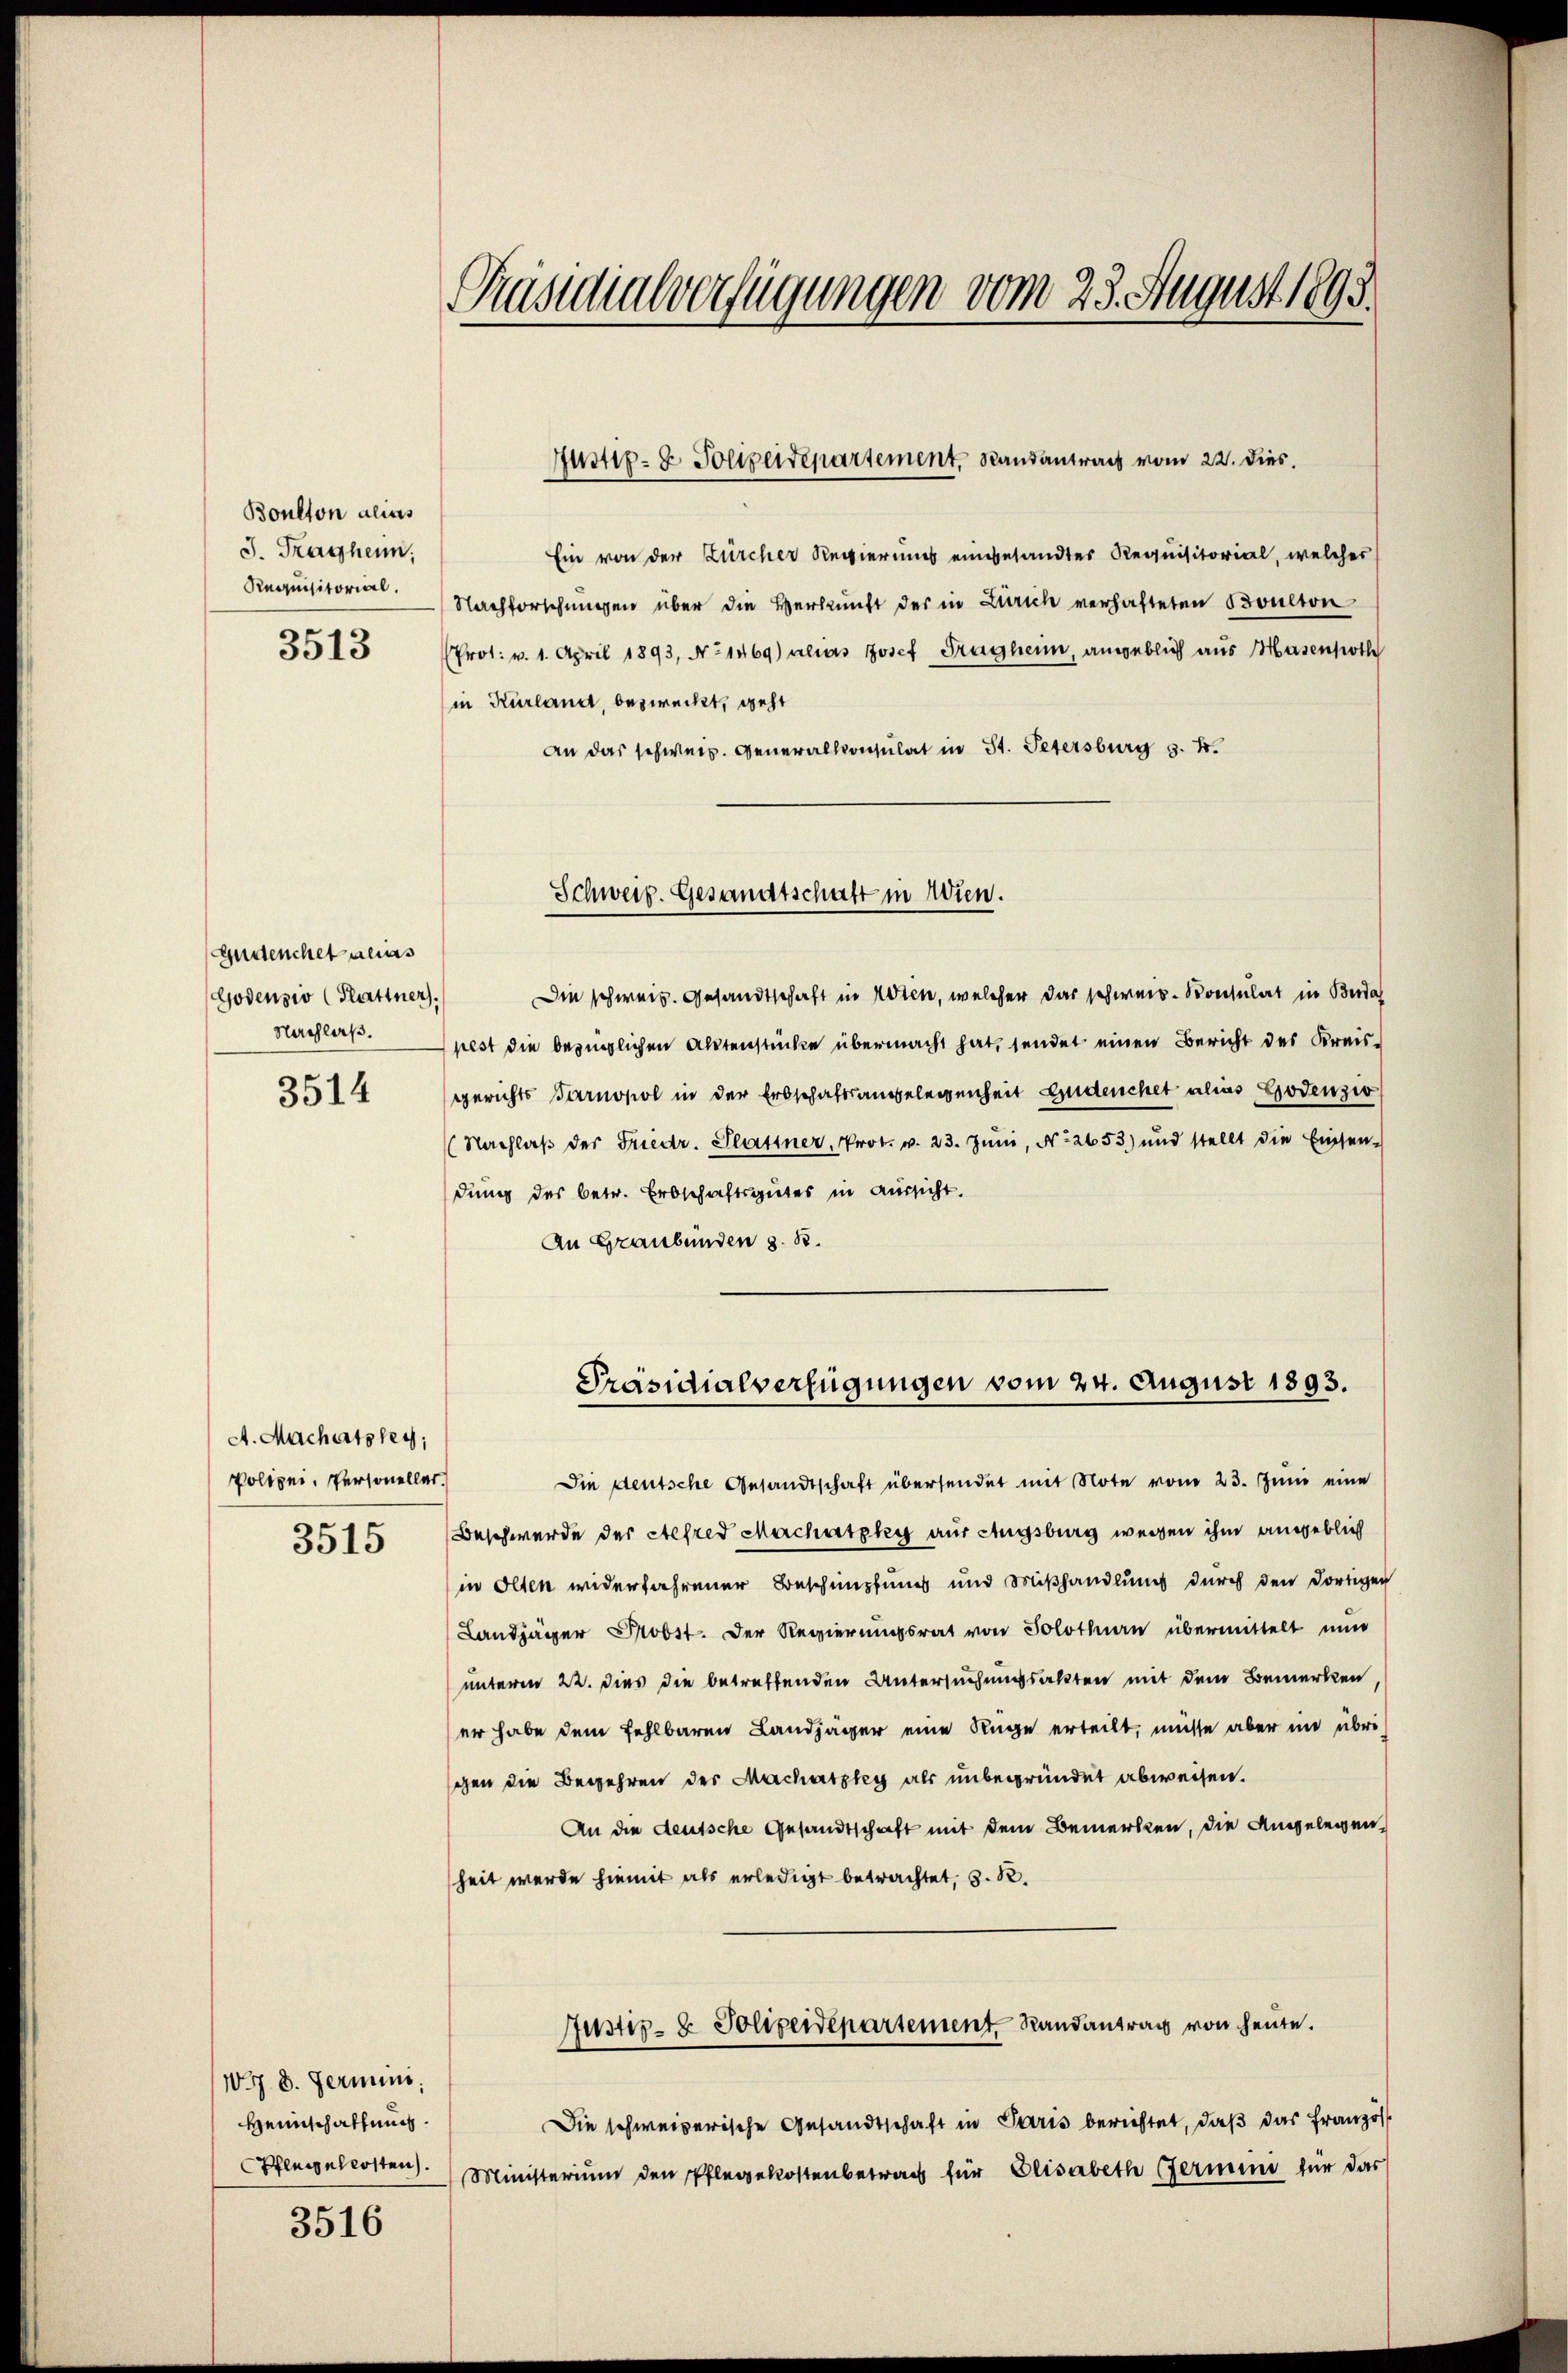
Boulton alias
J. Traghen;
Requisitorial.
3513

Andenchet alias
Godensio (Plattner.
Nachlaß.
3514

A. Machatzky,
Polizei, Personeller.

W.7 8. Fermini
Heimschaffung.
Pfleggellosten.

3516

Präsidialverfügungen vom 23. August 1895.

Ein von der Zürcher Regierungs eingesandter Requisitorial, welches
Nachforschungen über die Verkunft der in Zürich verhafteten Boulton
Prot. v. 1. April 1893, No 1469) alias Josef Trägheim, angeblich aus Hasenpoth
in Kurland, bezweckt, geht
an das schweiz. Generalkonsulat in St. Petersburg s. f.

Justiz- & Polizeidepartement, Randantrag vom 22. dies.

Schweiz. Gesandtschaft in Wien.

Die schweiz. Gesandtschaft in Wien, welcher das schweiz. Konsulat in Buda
pest die bezüglichen Aktenstücke übermacht hat, sendet einen Bericht des Kreisgerichts Tarnopol in der Erbschaftsangelegenheit Ludenchet alias Godenzio
Nachlaβ der Friedr. Glattner, Prot. v. 23. Jŭni, No 2653) und stellt die Einsen-
dung des betr. Erbschaftsgutes in Aussicht.
An Graubünden z. B.
Die deutsche Gesandtschaft übersendet mit Note vom 23. Juni eine
3515 Beschwerde der Stefred Machatzles aus Augsburg wegen ihm angeblich
in Olten widerfahrener Beschimpfung und Mißhandlung durch den dortigen
Landjäger Probst. Der Regierungsrat von Solothurn übermittelt nun
unterm 22. dies die betreffenden Untersuchungsakten mit dem Bemerken,
er habe dem Fehlbaren Landjäger eine Ruge erteilt, müsse aber im übrischen die Begehren der Machatzky als unbegründet abweisen.
An die deutsche Gesandtschaft mit dem Bemerken, die Angelegen
heit werde hiemit als erledigt betrachtet, z. B.
Justiz- & Polizeidepartement Randantrag von heute.
Die schweizerische Gesandtschaft in Paris berichtet, daß das Französ
Ministerium den Pflegekostenbetrag für Elisabeth Germini für das

Präsidialverfügungen vom 24. August 1893.